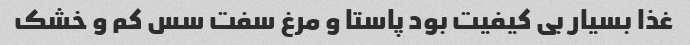
غذا بسیار بی کیفیت بود پاستا و مرغ سفت سس کم و خشک